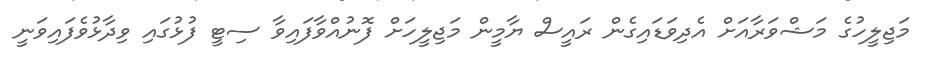
މަޖިލީހުގެ މަޝްވަރާއަށް އެދިވަޑައިގެން ރައީސް ޔާމީން މަޖިލީހަށް ފޮނުއްވާފައިވާ ސިޓީ ފުޅުގައި ވިދާޅުވެފައިވަނީ